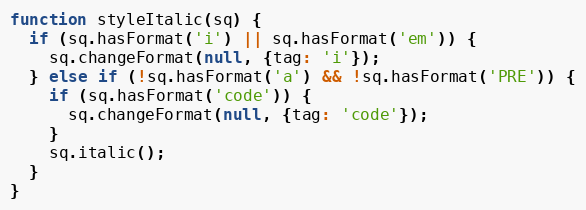
Language: JavaScript
function styleItalic(sq) {
  if (sq.hasFormat('i') || sq.hasFormat('em')) {
    sq.changeFormat(null, {tag: 'i'});
  } else if (!sq.hasFormat('a') && !sq.hasFormat('PRE')) {
    if (sq.hasFormat('code')) {
      sq.changeFormat(null, {tag: 'code'});
    }
    sq.italic();
  }
}